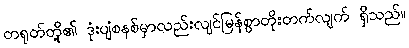
တရုတ်တို့၏ ဒုံးပျံစနစ်မှာလည်းလျင်မြန်စွာတိုးတက်လျက် ရှိသည်။